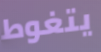
يتغوط